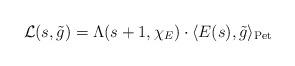
LaTeX: \begin{align*}\mathcal{L}(s, \tilde{g}) = \Lambda(s+1,\chi_E) \cdot \langle E(s) , \tilde{g} \rangle_\mathrm{Pet}\end{align*}